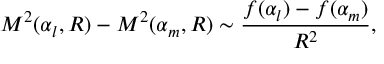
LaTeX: { \cal M } ^ { 2 } ( \alpha _ { l } , R ) - { \cal M } ^ { 2 } ( \alpha _ { m } , R ) \sim \frac { f ( \alpha _ { l } ) - f ( \alpha _ { m } ) } { R ^ { 2 } } ,